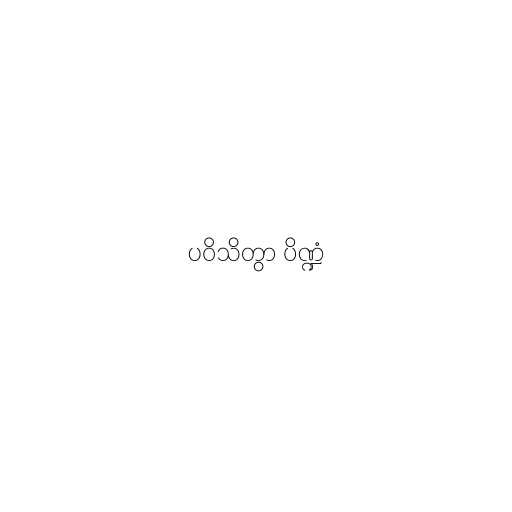
ပဝိသိတွာ ပိဏ္ဍံ